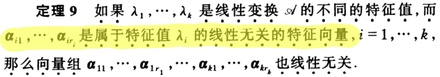
定理 9 如果 $\lambda_1, \cdots, \lambda_k$ 是线性变换 $\mathscr{A}$ 的不同的特征值, 而 $\alpha_{i1}, \cdots, \alpha_{ir_i}$ 是属于特征值 $\lambda_i$ 的线性无关的特征向量, $i = 1, \cdots, k$, 那么向量组 $\alpha_{11}, \cdots, \alpha_{1r_1}, \cdots, \alpha_{k1}, \cdots, \alpha_{kr_k}$ 也线性无关.